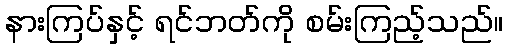
နားကြပ်နှင့် ရင်ဘတ်ကို စမ်းကြည့်သည်။